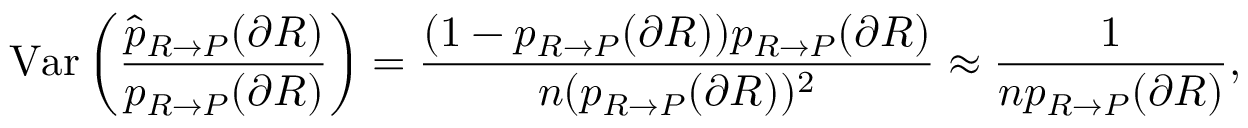
\mathrm { V a r } \left( \frac { \widehat { p } _ { R \rightarrow P } ( \partial R ) } { p _ { R \rightarrow P } ( \partial R ) } \right) = \frac { ( 1 - p _ { R \rightarrow P } ( \partial R ) ) p _ { R \rightarrow P } ( \partial R ) } { n ( p _ { R \rightarrow P } ( \partial R ) ) ^ { 2 } } \approx \frac { 1 } { n p _ { R \rightarrow P } ( \partial R ) } ,